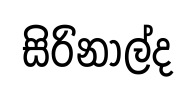
සිරිනාල්ද